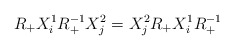
\begin{align*}R_{+}X_{i}^{1}R_{+}^{-1}X_{j}^{2}=X_{j}^{2}R_{+}X_{i}^{1}R_{+}^{-1}\end{align*}